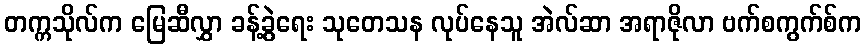
တက္ကသိုလ်က မြေဆီလွှာ ခန့်ခွဲရေး သုတေသန လုပ်နေသူ အဲလ်ဆာ အရာဇိုလာ ဗက်စကွက်စ်က